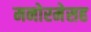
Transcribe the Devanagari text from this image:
मनोरमेसह